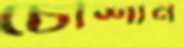
চৌশান